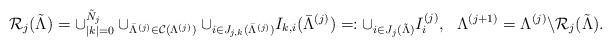
LaTeX: \begin{align*}\mathcal R_j(\tilde\Lambda )=\cup_{|k|=0}^{\tilde N_j}\cup_{\bar\Lambda^{(j)}\in \mathcal C(\Lambda^{(j)})}\cup_{i\in J_{j,k}(\bar\Lambda^{(j)})}I_{k,i}( \bar \Lambda^{(j)})=:\cup_{i\in J_j(\tilde\Lambda)}I_i^{(j)},\ \ \Lambda^{(j+1)}=\Lambda^{(j)}\backslash\mathcal R_j(\tilde\Lambda).\end{align*}